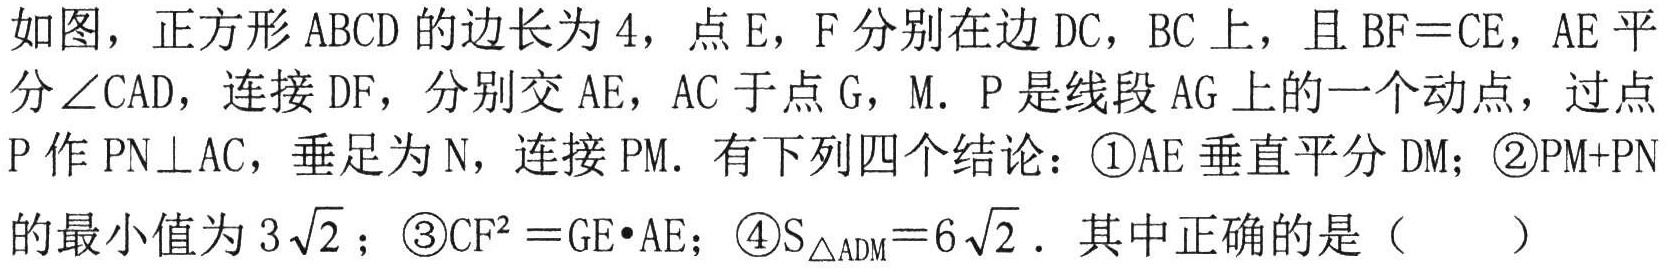
如图，正方形 \(ABCD\) 的边长为 \(4\)，点 \(E\)，\(F\) 分别在边 \(DC\)，\(BC\) 上，且 \(BF = CE\)，\(AE\) 平分 \(\angle CAD\)，连接 \(DF\)，分别交 \(AE\)，\(AC\) 于点 \(G\)，\(M\). \(P\) 是线段 \(AG\) 上的一个动点，过点 \(P\) 作 \(PN\perp AC\)，垂足为 \(N\)，连接 \(PM\). 有下列四个结论：\textcircled{1}\(AE\) 垂直平分 \(DM\)；\textcircled{2}\(PM + PN\) 的最小值为 \(3\sqrt{2}\)；\textcircled{3}\(CF^{2}=GE\cdot AE\)；\textcircled{4}\(S_{\triangle ADM}=6\sqrt{2}\). 其中正确的是（  ）